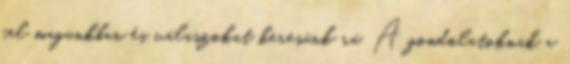
fel magunkban és válaszokat keresünk rá. A gondolatoknak a